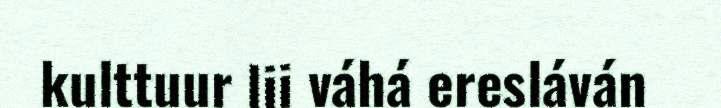
kulttuur lii váhá eresláván